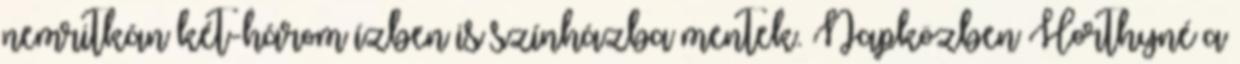
nemritkán két-három ízben is színházba mentek. Napközben Horthyné a